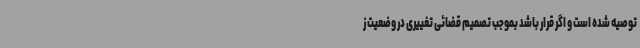
توصیه شده است و اگر قرار باشد بموجب تصمیم قضائی تغییری در وضعیت ز